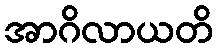
အာဂိလာယတိ